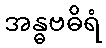
အန္ဓဗဓိရံ